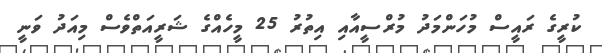
ކުރީގެ ރައީސް މުހަންމަދު މުރްސީއާއި އިތުރު 25 މީހެއްގެ ޝަރީއަތްވެސް މިއަދު ވަނީ